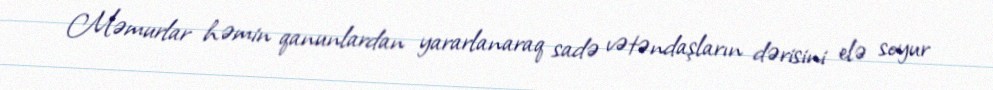
Məmurlar həmin qanunlardan yararlanaraq sadə vətəndaşların dərisini elə soyur